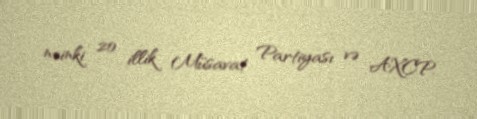
nəinki 20 illik Müsavat Partiyası və AXCP.